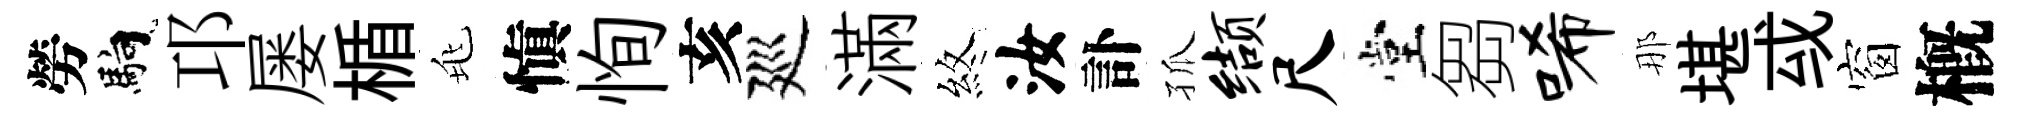
勞馿邛屡楯兆愼恂亥廵滿煞汝訃孤缬尺堂芻唏那堪㦯窗槪